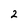
Character: 2